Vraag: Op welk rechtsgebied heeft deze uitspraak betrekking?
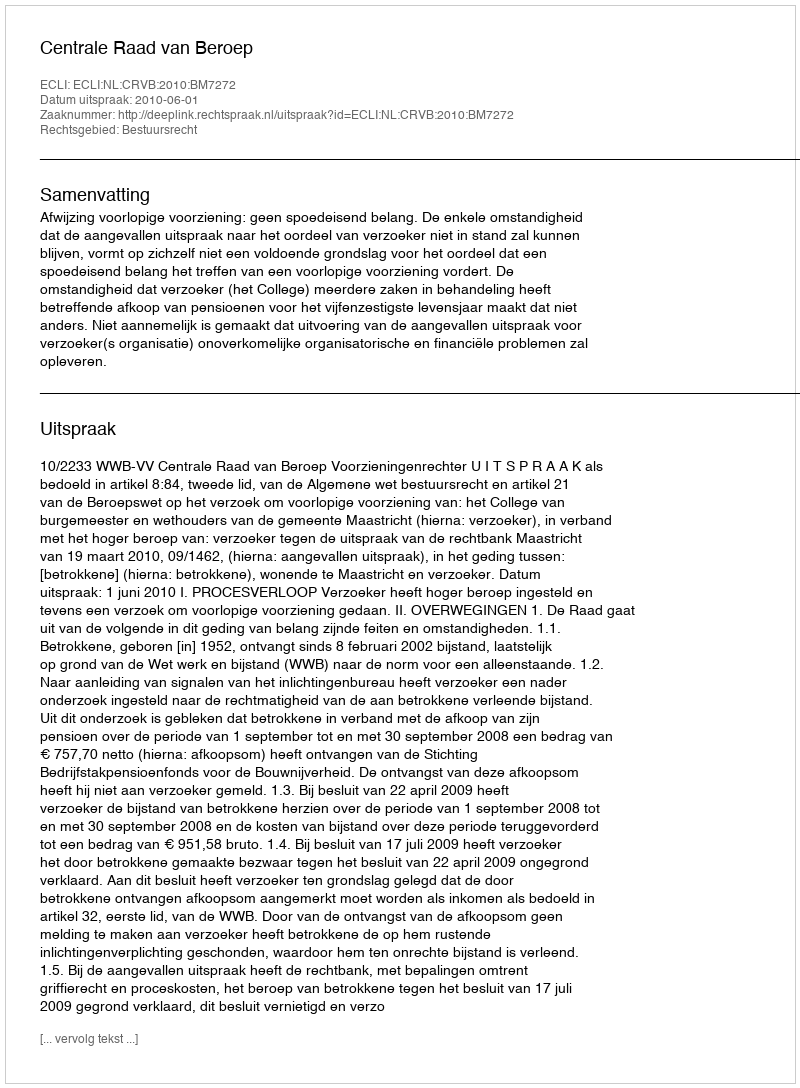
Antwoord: Bestuursrecht